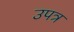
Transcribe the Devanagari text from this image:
उपत्र